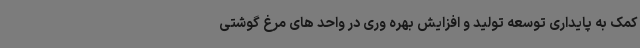
کمک به پایداری توسعه تولید و افزایش بهره وری در واحد های مرغ گوشتی